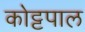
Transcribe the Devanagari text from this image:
कोट्टपाल